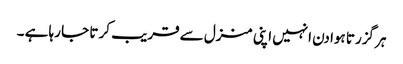
ہر گزرتا ہوا دن انہیں اپنی منزل سے قریب کر تا جا رہا ہے ۔